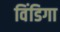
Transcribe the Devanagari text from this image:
विंडिगा